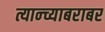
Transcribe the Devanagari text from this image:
त्यान्च्याबराबर